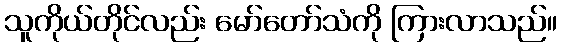
သူကိုယ်တိုင်လည်း မော်တော်သံကို ကြားလာသည်။